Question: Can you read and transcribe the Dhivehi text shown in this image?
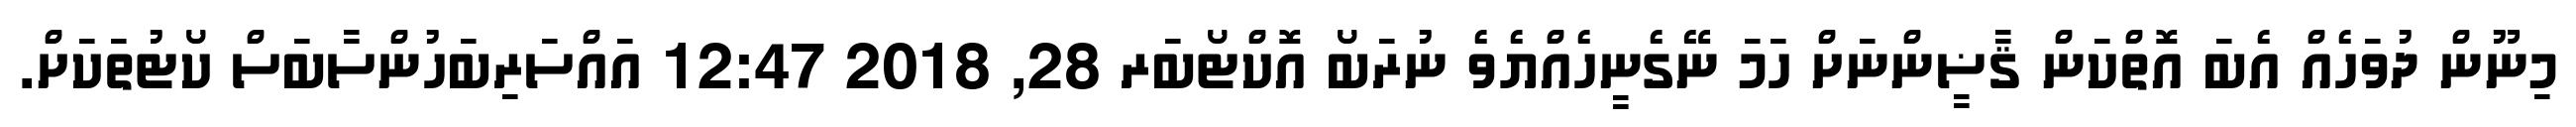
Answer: މިނޫން ދުވަހެއް އެބަ އޮތްކަން ޤާޟީންނަށް ހަމަ ނޭގެނީހެއްޔެވެ ނުރަބޯ އޮކްޓޯބަރ 28, 2018 12:47 އައްސަރިބަހުންސާބަސް ކޯޓުތަކަށް.